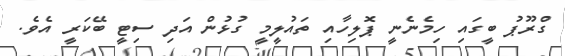
ގްރޫޕު ބީގައި ހިމެނެނީ ޕޮލިހާއި ތައުލީމީ ގުޅުން އަދި ސިޓީ ބޭކަރީ އެވެ.